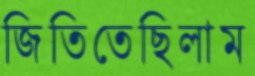
জিতিতেছিলাম